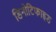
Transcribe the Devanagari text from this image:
डिनोटिफाइड